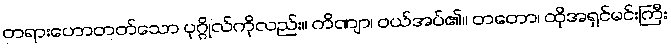
တရားဟောတတ်သော ပုဂ္ဂိုလ်ကိုလည်း။ ကိဏျာ၊ ဝယ်အပ်၏။ တတော၊ ထိုအရှင်မင်းကြီး